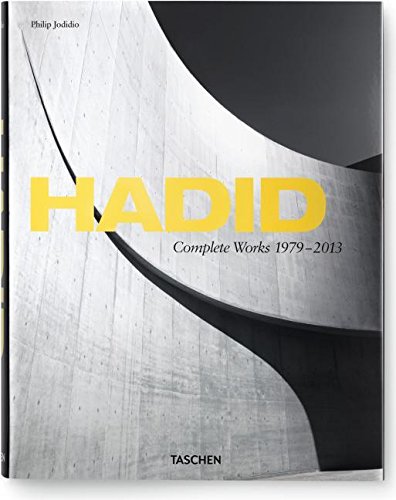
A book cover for Hadid: Complete Works 1979 - 2013; Philip Jodidio; Arts & Photography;